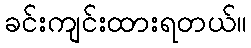
ခင်းကျင်းထားရတယ်။